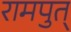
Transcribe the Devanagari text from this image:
रामपुत्